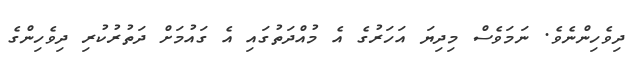
ދިވެހިންނެވެ. ނަމަވެސް މިދިޔަ އަހަރުގެ އެ މުއްދަތުގައި އެ ގައުމަށް ދަތުރުކުރި ދިވެހިންގެ